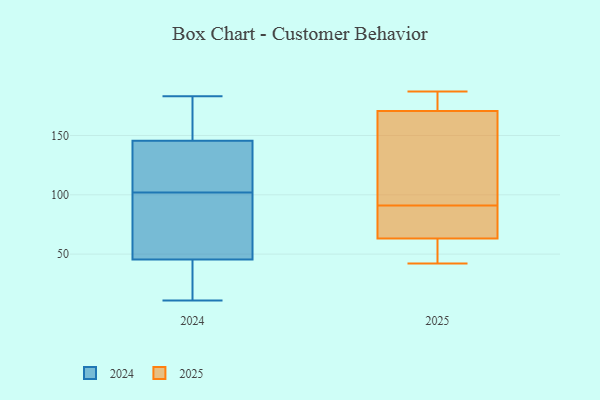
{"axis": {"x": "Active Users", "y": "Value"}, "legend": ["2024", "2025"], "data": [{"x": "", "y": 44, "type": "2025"}, {"x": "", "y": 42, "type": "2025"}, {"x": "", "y": 89, "type": "2025"}, {"x": "", "y": 44, "type": "2025"}, {"x": "", "y": 88, "type": "2025"}, {"x": "", "y": 59, "type": "2025"}, {"x": "", "y": 172, "type": "2025"}, {"x": "", "y": 171, "type": "2025"}, {"x": "", "y": 91, "type": "2025"}, {"x": "", "y": 76, "type": "2025"}, {"x": "", "y": 170, "type": "2025"}, {"x": "", "y": 187, "type": "2025"}, {"x": "", "y": 150, "type": "2025"}, {"x": "", "y": 148, "type": "2025"}, {"x": "", "y": 175, "type": "2025"}, {"x": "", "y": 154, "type": "2024"}, {"x": "", "y": 77, "type": "2024"}, {"x": "", "y": 183, "type": "2024"}, {"x": "", "y": 160, "type": "2024"}, {"x": "", "y": 73, "type": "2024"}, {"x": "", "y": 158, "type": "2024"}, {"x": "", "y": 131, "type": "2024"}, {"x": "", "y": 55, "type": "2024"}, {"x": "", "y": 36, "type": "2024"}, {"x": "", "y": 11, "type": "2024"}, {"x": "", "y": 12, "type": "2024"}, {"x": "", "y": 100, "type": "2024"}, {"x": "", "y": 104, "type": "2024"}, {"x": "", "y": 137, "type": "2024"}, {"x": "", "y": 109, "type": "2024"}, {"x": "", "y": 20, "type": "2024"}]}